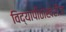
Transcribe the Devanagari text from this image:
विद्यापीठाखेरीज